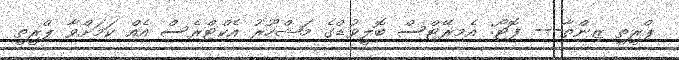
ޕްރީތީ ޒިންތާ--- ފޮޓޯ: އެމިރޭޓްސް ބޮލީވުޑްގެ މަޝްހޫރު އެކްޓްރެސް އެއް ކަމަށްވާ ޕްރީތީ